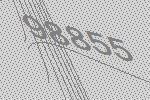
98855